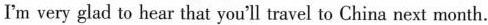
I'm very glad to hear that you'll travel to China next month.